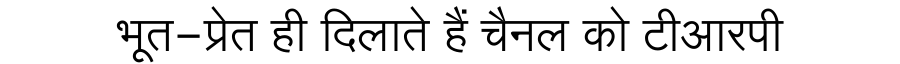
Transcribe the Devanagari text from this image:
भूत-प्रेत ही दिलाते हैं चैनल को टीआरपी